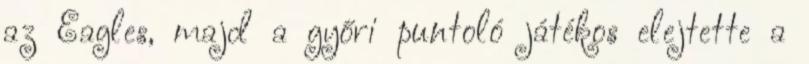
az Eagles, majd a győri puntoló játékos elejtette a